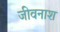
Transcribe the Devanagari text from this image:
जीवनाश